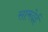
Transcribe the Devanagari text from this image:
सामदेई